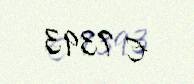
€ 7393